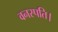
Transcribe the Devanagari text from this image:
वनस्पति।